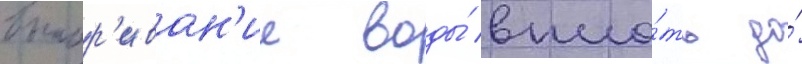
выпар'иван'ие воды́ впло́ть до́